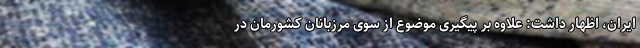
ایران، اظهار داشت: علاوه بر پیگیری موضوع از سوی مرزبانان کشورمان در